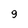
Character: 9